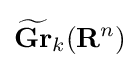
{\widetilde {\mathbf {Gr} }}_{k}(\mathbf {R} ^{n})